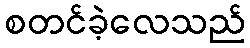
စတင်ခဲ့လေသည်